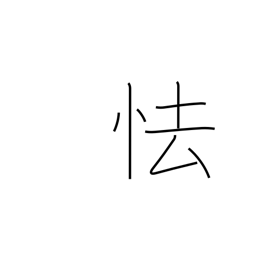
Meaning: wince